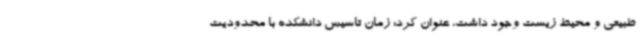
طبیعی و محیط زیست وجود داشت، عنوان کرد: زمان تاسیس دانشکده با محدودیت